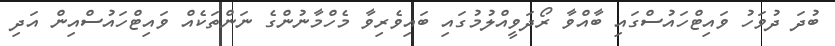
ބުދަ ދުވަހު ވައިޓްހައުސްގައި ބާއްވާ ރޯދަވީއްލުމުގައި ބައިވެރިވާ މެހްމާނުންގެ ނަންތަކެއް ވައިޓްހައުސްއިން އަދި